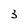
Character: 3